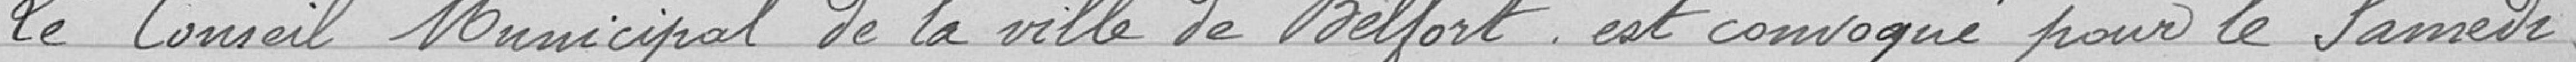
2° Rapports des Commissions des travaux et des finances.